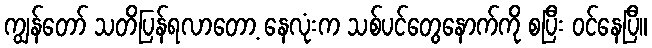
ကျွန်တော် သတိပြန်ရလာတော့ နေလုံးက သစ်ပင်တွေနောက်ကို စပြီး ဝင်နေပြီ။